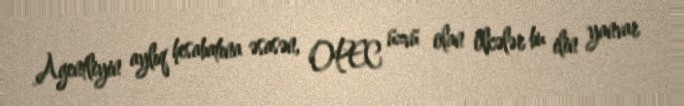
Agentliyin aylıq hesabatına əsasən, OPEC üzvü olan ölkələr bu ilin yanvar